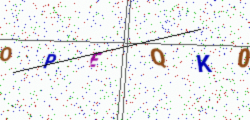
Text: OPEQK0